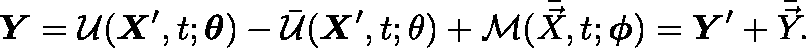
\mathbf { \boldsymbol { Y } } = \mathcal { U } ( \mathbf { \boldsymbol { X } } ^ { \prime } , t ; \mathbf { \boldsymbol { \theta } } ) - \bar { \mathcal { U } } ( \mathbf { \boldsymbol { X } } ^ { \prime } , t ; \theta ) + \mathcal { M } ( \bar { \vec { X } } , t ; \mathbf { \boldsymbol { \phi } } ) = \mathbf { \boldsymbol { Y } } ^ { \prime } + \bar { \vec { Y } } .